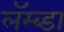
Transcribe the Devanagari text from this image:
लॅम्ब्डा